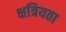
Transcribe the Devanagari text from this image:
क्षत्रियता